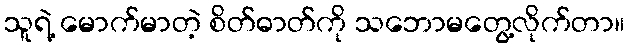
သူရဲ့ မောက်မာတဲ့ စိတ်ဓာတ်ကို သဘောမတွေ့လိုက်တာ။